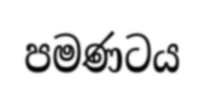
පමණටය